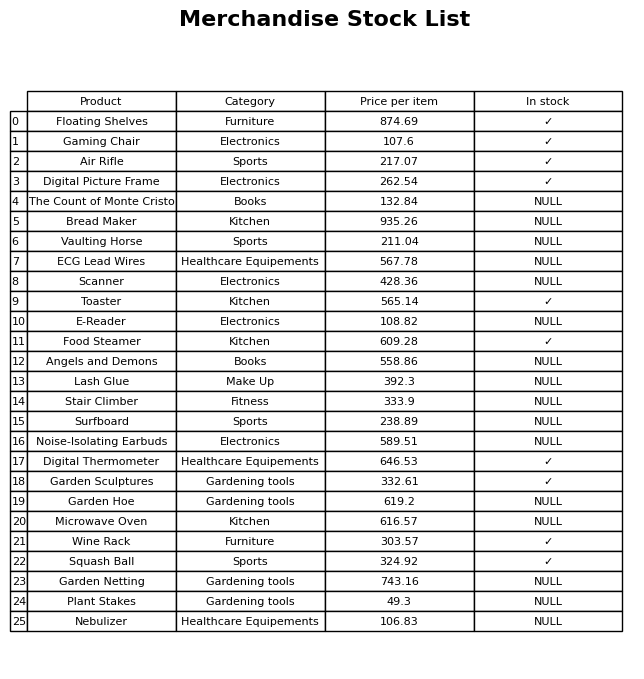
question: What is the price of the Food Steamer?
answer: The price of Food Steamer is 609.28.